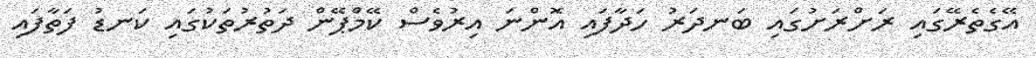
އޭގެތެރޭގައި ރަށްރަށުގައި ބަނދަރު ހަދާފައި އޮންނަ އިރުވެސް ކޭމްޕޭން ދަތުރުތަކުގައި ކަނޑު ފަތާފައި